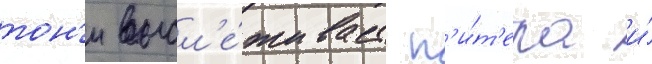
тон'и высл'е́живает п'и́т'ера и́